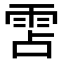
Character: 𮦌